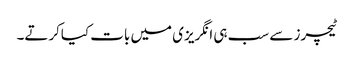
ٹیچرز سے سب ہی انگریزی میں بات کیاکرتے۔